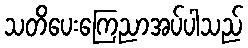
သတိပေးကြေညာအပ်ပါသည်